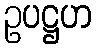
ဥပဋ္ဌဟ